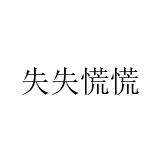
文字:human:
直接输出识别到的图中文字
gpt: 失失慌慌